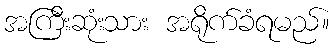
အကြီးဆုံးသား အရိုက်ခံရမည်။